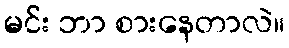
မင်း ဘာ စားနေတာလဲ။